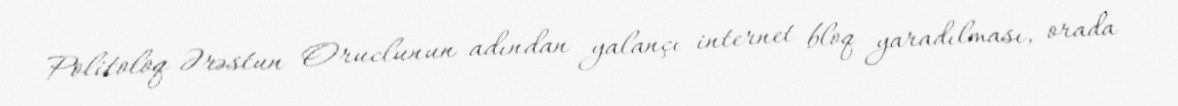
Politoloq Ərəstun Oruclunun adından yalançı internet bloq yaradılması, orada